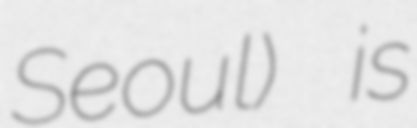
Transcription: Seoul) is